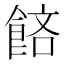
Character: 𬲔